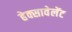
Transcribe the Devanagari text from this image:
हेक्सावेलेंट